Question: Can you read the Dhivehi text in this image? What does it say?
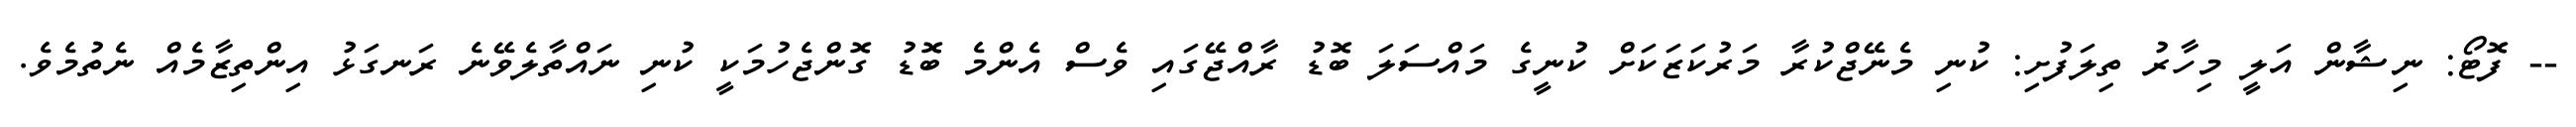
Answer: -- ފޮޓޯ: ނިޝާން އަލީ މިހާރު ތިލަފުށި: ކުނި މެނޭޖްކުރާ މަރުކަޒަކަށް ކުނީގެ މައްސަލަ ބޮޑު ރާއްޖޭގައި ވެސް އެންމެ ބޮޑު ގޮންޖެހުމަކީ ކުނި ނައްތާލެވޭނެ ރަނގަޅު އިންތިޒާމެއް ނެތުމެވެ.